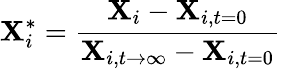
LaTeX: \mathbf{X}_{i}^{*}=\frac{{\mathbf{X}_{i}-\mathbf{X}_{i,t=0}}}{{\mathbf{X}_{i,t\rightarrow\infty}-\mathbf{X}_{i,t=0}}}